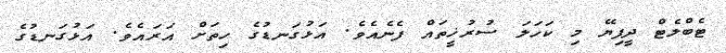
ޓެބްލެޓް ދީފިޔޭ މި ކަހަލަ ސުރުޚީތައް ފެނެއެވެ. އަޅުގަނޑުގެ ހިތަށް އަރައެވެ. އަޅުގަނޑުގެ